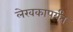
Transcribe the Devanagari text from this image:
लेखकापर्यंत